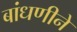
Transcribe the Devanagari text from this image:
बांधणीने